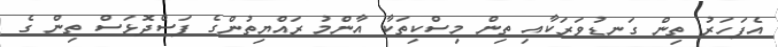
އެފަހަރު ތިން ގަނޑުވަރަކާއި ތިން މިސްކިތަކާ އާންމު ރައްޔިތުންގެ ފަސްދޮޅަސް ތިން ގެ